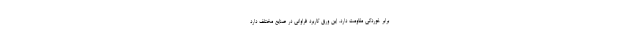
برابر خوردگی مقاومت دارد. این ورق کاربرد فراوانی در صنایع مختلف دارد